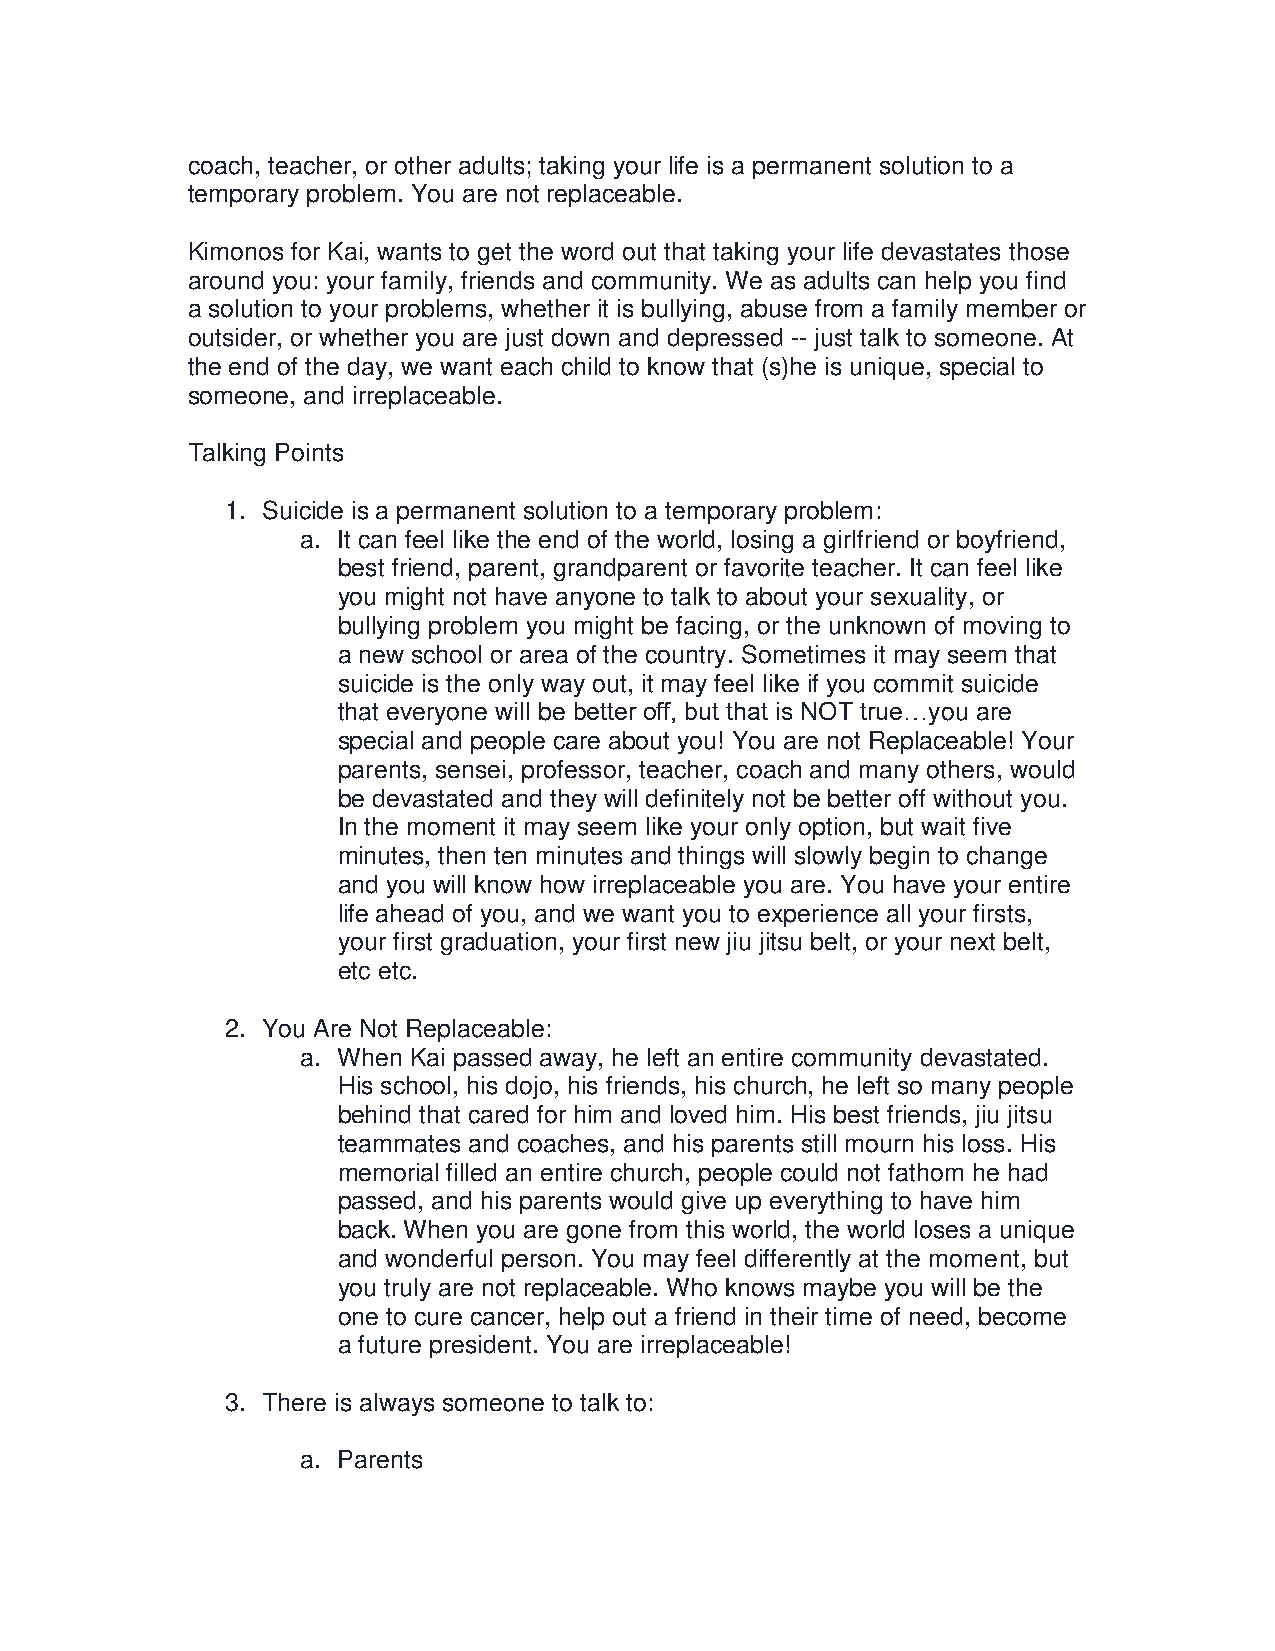
coach, teacher, or other adults; taking your life is a permanent solution to a
 temporary problem. You are not replaceable.
 Kimonos for Kai, wants to get the word out that taking your life devastates those
 around you: your family, friends and community. We as adults can help you find
 a solution to your problems, whether it is bullying, abuse from a family member or
 outsider, or whether you are just down and depressed -- just talk to someone. At
 the end of the day, we want each child to know that (s)he is unique, special to
 someone, and irreplaceable.
 Talking Points
 1. Suicide is a permanent solution to a temporary problem:
 a. It can feel like the end of the world, losing a girlfriend or boyfriend,
 best friend, parent, grandparent or favorite teacher. It can feel like
 you might not have anyone to talk to about your sexuality, or
 bullying problem you might be facing, or the unknown of moving to
 a new school or area of the country. Sometimes it may seem that
 suicide is the only way out, it may feel like if you commit suicide
 that everyone will be better off, but that is NOT true…you are
 special and people care about you! You are not Replaceable! Your
 parents, sensei, professor, teacher, coach and many others, would
 be devastated and they will definitely not be better off without you.
 In the moment it may seem like your only option, but wait five
 minutes, then ten minutes and things will slowly begin to change
 and you will know how irreplaceable you are. You have your entire
 life ahead of you, and we want you to experience all your firsts,
 your first graduation, your first new jiu jitsu belt, or your next belt,
 etc etc.
 2. You Are Not Replaceable:
 a. When Kai passed away, he left an entire community devastated.
 His school, his dojo, his friends, his church, he left so many people
 behind that cared for him and loved him. His best friends, jiu jitsu
 teammates and coaches, and his parents still mourn his loss. His
 memorial filled an entire church, people could not fathom he had
 passed, and his parents would give up everything to have him
 back. When you are gone from this world, the world loses a unique
 and wonderful person. You may feel differently at the moment, but
 you truly are not replaceable. Who knows maybe you will be the
 one to cure cancer, help out a friend in their time of need, become
 a future president. You are irreplaceable!
 3. There is always someone to talk to:
 a. Parents